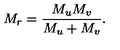
M _ { r } = \frac { M _ { u } M _ { v } } { M _ { u } + M _ { v } } .